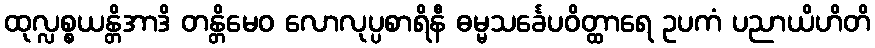
ထုလ္လစ္စယန္တိအာဒိ တန္တိမေဝ လောလုပ္ပစာရိနီ ဓမ္မသင်္ခေပဝိတ္ထာရေ ဥပကံ ပညာယိဟိတိ